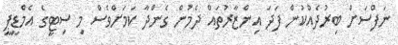
ނަފްސަށް ބިރުދެއްކުން ފަދަ އިންޒާރުތައް ދެމުން ގެންދާ ކަމަށްވެސް މި ސިޓީގެ އެމްޑީޕީ